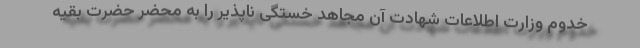
خدوم وزارت اطلاعات شهادت آن مجاهد خستگی ناپذیر را به محضر حضرت بقیه